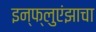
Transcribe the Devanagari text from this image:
इन्फ्लुएंझाचा